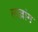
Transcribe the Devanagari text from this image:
लखांग